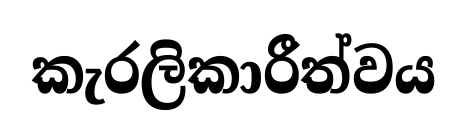
කැරලිකාරීත්වය